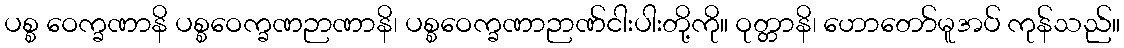
ပစ္စ ဝေက္ခဏာနိ ပစ္စဝေက္ခဏဉာဏာနိ၊ ပစ္စဝေက္ခဏာဉာဏ်ငါးပါးတို့ကို။ ဝုတ္တာနိ၊ ဟောတော်မူအပ် ကုန်သည်။